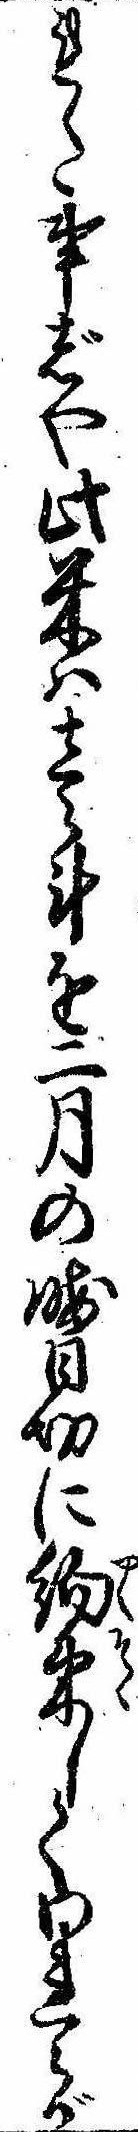
れた事じや此米は壱斗を二月の晦日切に約束してわれらが